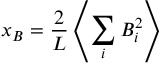
x _ { B } = \frac { 2 } { L } \left\langle \sum _ { i } B _ { i } ^ { 2 } \right\rangle